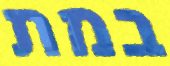
במת